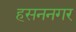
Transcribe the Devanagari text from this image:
हसननगर